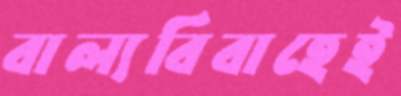
বাল্যবিবাহেই